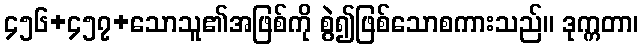
၄၅၆+၄၅၇+သောသူ၏အဖြစ်ကို စွဲ၍ဖြစ်သောစကားသည်။ ဒုက္ကတာ၊